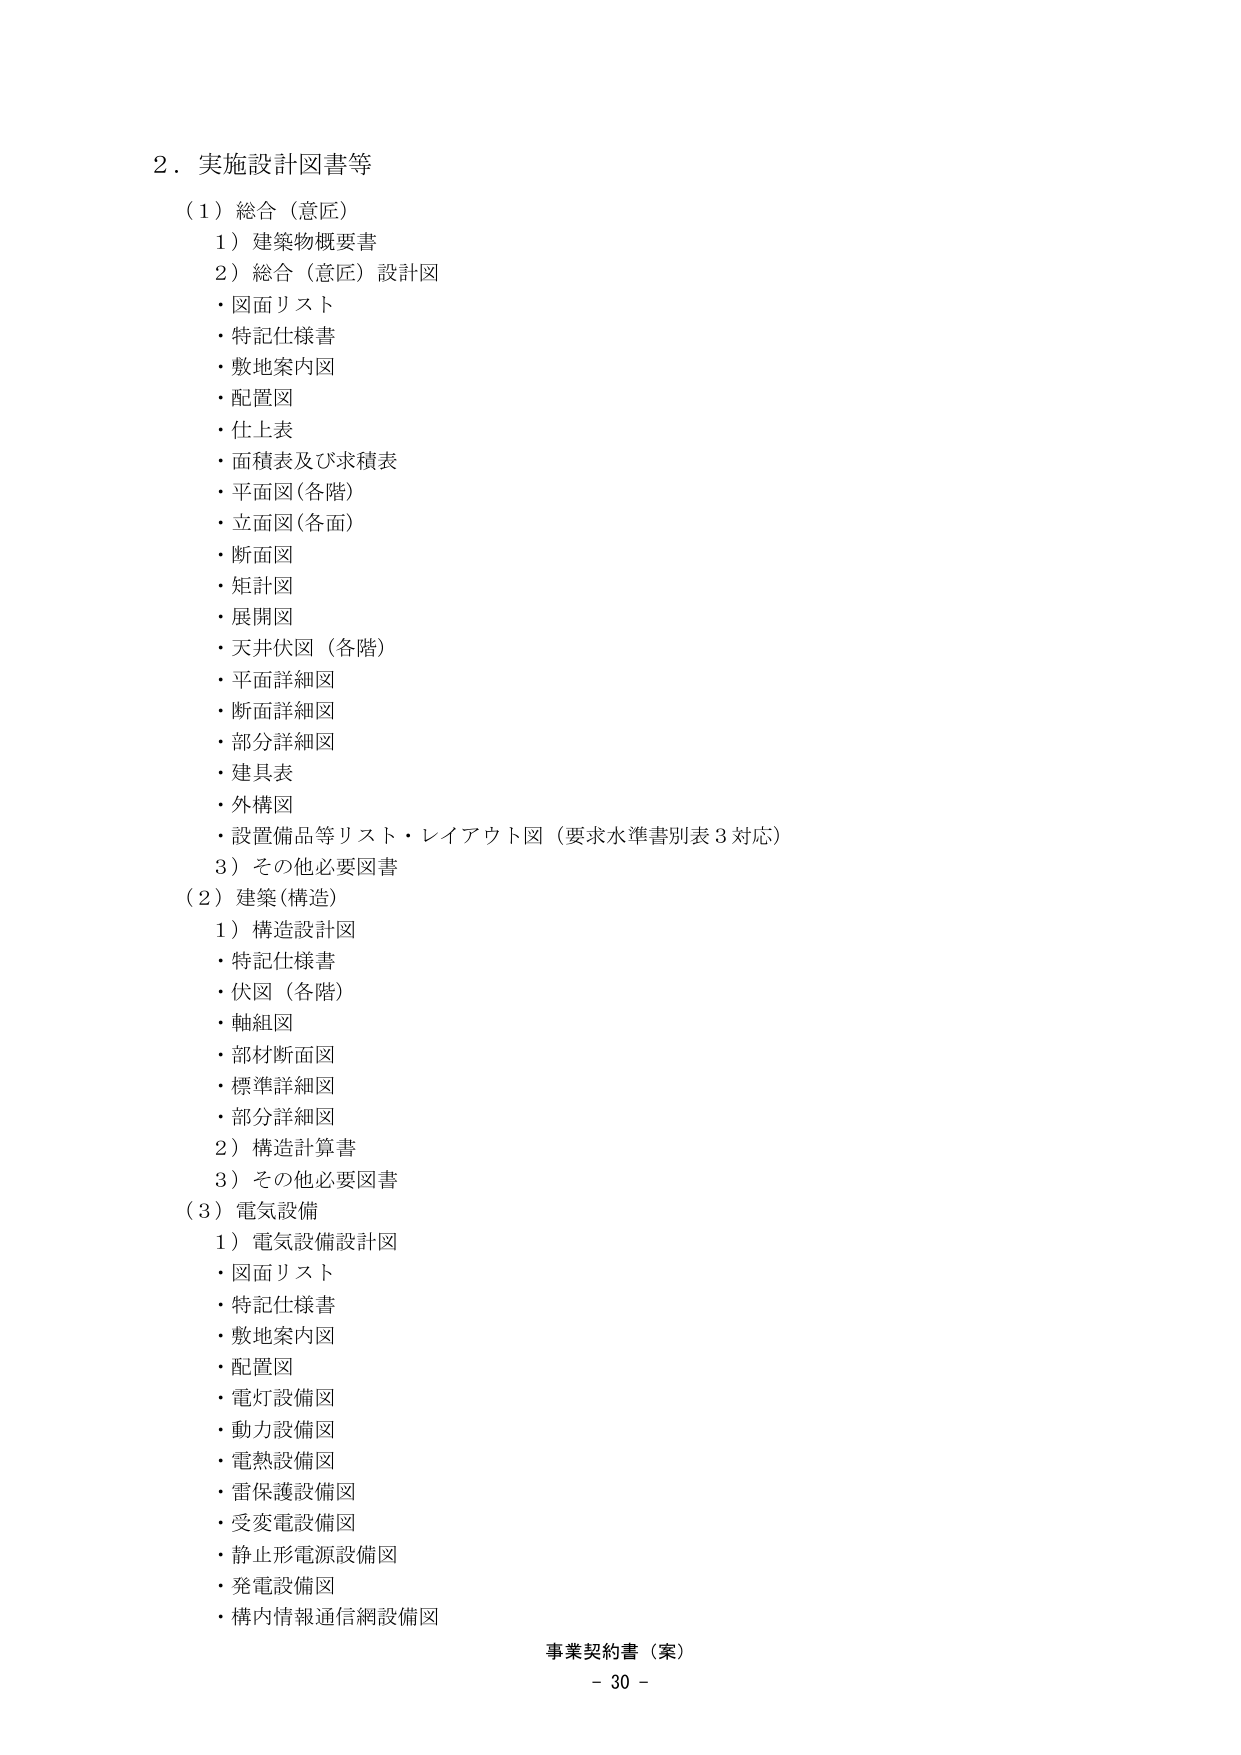
2．実施設計図書等
（1）総合（意匠）
　1）建築物概要書
　2）総合（意匠）設計図
　　・図面リスト
　　・特記仕様書
　　・敷地案内図
　　・配置図
　　・仕上表
　　・面積表及び求積表
　　・平面図（各階）
　　・立面図（各面）
　　・断面図
　　・矩計図
　　・展開図
　　・天井伏図（各階）
　　・平面詳細図
　　・断面詳細図
　　・部分詳細図
　　・建具表
　　・外構図
　　・設置備品等リスト・レイアウト図（要求水準書別表3対応）
　3）その他必要図書
（2）建築（構造）
　1）構造設計図
　　・特記仕様書
　　・伏図（各階）
　　・軸組図
　　・部材断面図
　　・標準詳細図
　　・部分詳細図
　2）構造計算書
　3）その他必要図書
（3）電気設備
　1）電気設備設計図
　　・図面リスト
　　・特記仕様書
　　・敷地案内図
　　・配置図
　　・電灯設備図
　　・動力設備図
　　・電熱設備図
　　・雷保護設備図
　　・受変電設備図
　　・静止形電源設備図
　　・発電設備図
　　・構内情報通信網設備図
事業契約書（案）
－30－